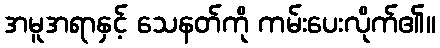
အမူအရာနှင့် သေနတ်ကို ကမ်းပေးလိုက်၏။